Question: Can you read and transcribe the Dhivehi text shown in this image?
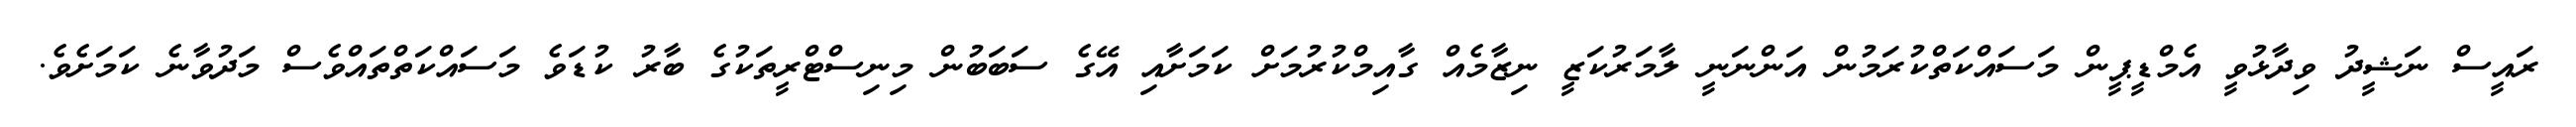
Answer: ރައީސް ނަޝީދު ވިދާޅުވީ އެމްޑީޕީން މަސައްކަތްކުރަމުން އަންނަނީ ލާމަރުކަޒީ ނިޒާމެއް ގާއިމްކުރުމަށް ކަމަށާއި އޭގެ ސަބަބުން މިނިސްޓްރީތަކުގެ ބާރު ކުޑަވެ މަސައްކަތްތައްވެސް މަދުވާނެ ކަމަށެވެ.